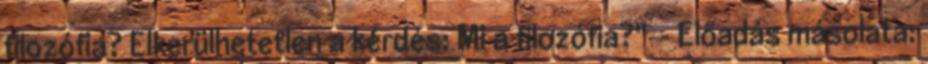
filozófia? Elkerülhetetlen a kérdés: Mi a filozófia?"— Előadás másolata: